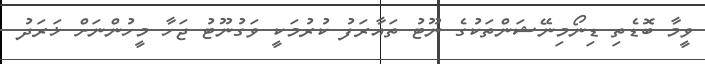
ވީމާ ބޮޑެތި ޑިނޯމިނޭޝަންތަކުގެ ނޫޓު ތައާރަފު ކުރުމަކީ ވަގުނޫޓު ޖަހާ މީހުންނަށް ޚަރަދު